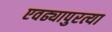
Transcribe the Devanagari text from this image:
एवढ्यापुरत्या